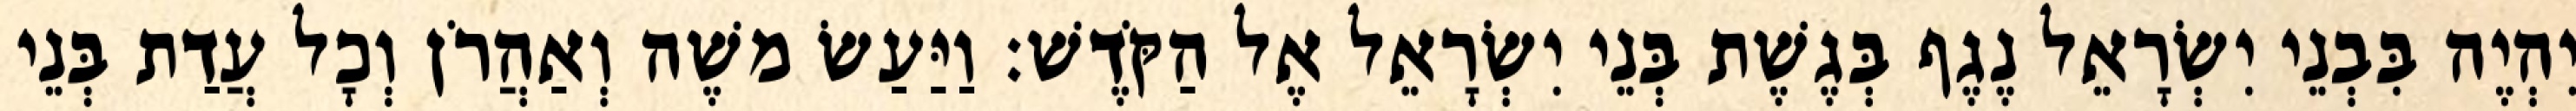
יִהְיֶה בִּבְנֵי יִשְׂרָאֵל נֶגֶף בְּגֶשֶׁת בְּנֵי יִשְׂרָאֵל אֶל הַקֹּדֶשׁ׃ וַיַּעַשׂ משֶׁה וְאַהֲרֹן וְכָל עֲדַת בְּנֵי